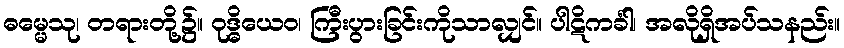
ဓမ္မေသု၊ တရားတို့၌။ ဝုဒ္ဓိယေဝ၊ ကြီးပွားခြင်းကိုသာလျှင်။ ပါဋိကင်္ခါ၊ အလိုရှိအပ်သနည်း။